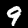
Label: 9